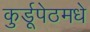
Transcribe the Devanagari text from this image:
कुर्डूपेठमधे